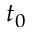
t _ { 0 }